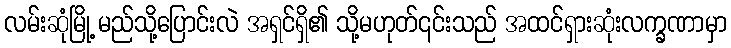
လမ်းဆုံမြို့ မည်သို့ပြောင်းလဲ အရှင်ရှိ၏ သို့မဟုတ်၎င်းသည် အထင်ရှားဆုံးလက္ခဏာမှာ